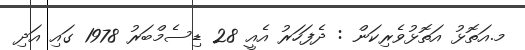
މ.އަތޮޅު އަތޮޅުވެރިކަން : ދެފަހަރު އެއީ 28 ޑިސެމްބަރު 1978 ގައި އަދި